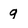
Character: 9